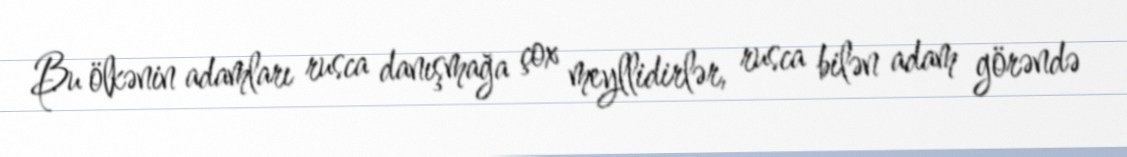
Bu ölkənin adamları rusca danışmağa çox meyllidirlər, rusca bilən adam görəndə